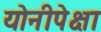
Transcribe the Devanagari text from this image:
योनीपेक्षा